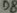
Text: D8